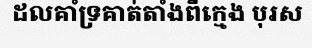
ដលគាំទ្រគាត់តាំងពីក្មេង បុរស